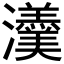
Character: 𤄾